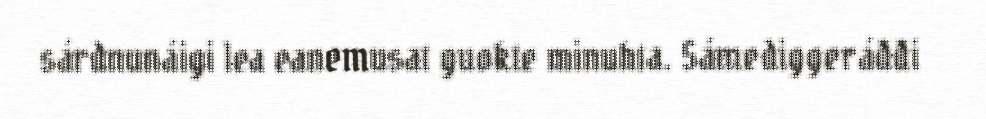
sárdnunáigi lea eanemusat guokte minuhta. Sámediggeráđđi